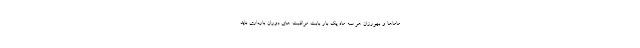
ماماها و بهورزان هر سه ماه یک بار بابت مراقبت های دوران بارداری باید